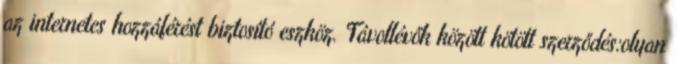
az internetes hozzáférést biztosító eszköz. Távollévők között kötött szerződés:olyan